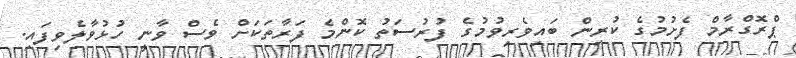
ޕްރޮގްރާމް ފެށުމުގެ ކުރިން ބައިވެރިވުމުގެ ފުރުސަތު ކޮންމެ ފަރާތަކަށް ވެސް ވާނީ ހުޅުވާލެވިފައި.